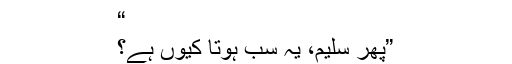
“
”پھر سلیم، یہ سب ہوتا کیوں ہے؟